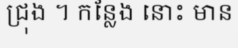
ជ្រុង ។ កន្លែង នោះ មាន